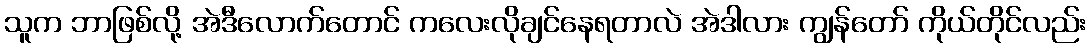
သူက ဘာဖြစ်လို့ အဲဒီလောက်တောင် ကလေးလိုချင်နေရတာလဲ အဲဒါလား ကျွန်တော် ကိုယ်တိုင်လည်း